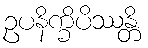
ဥပနိက္ခိပိဿန္တိ